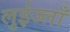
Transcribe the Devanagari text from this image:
लुईज्लाँ